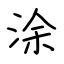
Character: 涂